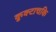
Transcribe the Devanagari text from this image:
कुक्टाचकि